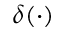
\delta ( \cdot )